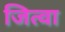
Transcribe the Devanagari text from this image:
जित्वा